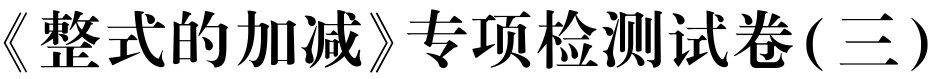
《整式的加减》专项检测试卷( 三)